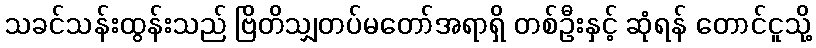
သခင်သန်းထွန်းသည် ဗြိတိသျှတပ်မတော်အရာရှိ တစ်ဦးနှင့် ဆုံရန် တောင်ငူသို့